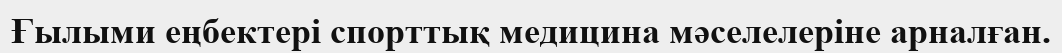
Ғылыми еңбектері спорттық медицина мәселелеріне арналған.